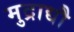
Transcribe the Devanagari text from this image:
मुद्राद्यौ